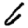
Digit: 6